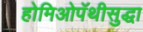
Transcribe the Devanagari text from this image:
होमिओपॅथीसुद्धा